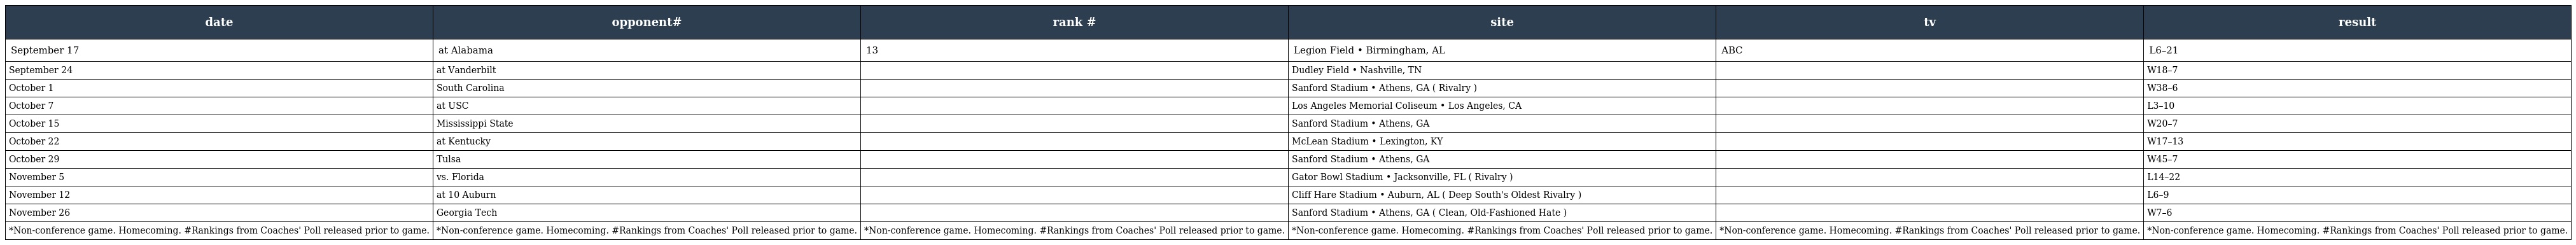
| date | opponent# | rank # | site | tv | result |
 | --- | --- | --- | --- | --- | --- |
 | September 17 | at Alabama | 13 | Legion Field • Birmingham, AL | ABC | L6–21 |
 | September 24 | at Vanderbilt |  | Dudley Field • Nashville, TN |  | W18–7 |
 | October 1 | South Carolina |  | Sanford Stadium • Athens, GA ( Rivalry ) |  | W38–6 |
 | October 7 | at USC |  | Los Angeles Memorial Coliseum • Los Angeles, CA |  | L3–10 |
 | October 15 | Mississippi State |  | Sanford Stadium • Athens, GA |  | W20–7 |
 | October 22 | at Kentucky |  | McLean Stadium • Lexington, KY |  | W17–13 |
 | October 29 | Tulsa |  | Sanford Stadium • Athens, GA |  | W45–7 |
 | November 5 | vs. Florida |  | Gator Bowl Stadium • Jacksonville, FL ( Rivalry ) |  | L14–22 |
 | November 12 | at 10 Auburn |  | Cliff Hare Stadium • Auburn, AL ( Deep South's Oldest Rivalry ) |  | L6–9 |
 | November 26 | Georgia Tech |  | Sanford Stadium • Athens, GA ( Clean, Old-Fashioned Hate ) |  | W7–6 |
 | *Non-conference game. Homecoming. #Rankings from Coaches' Poll released prior to game. | *Non-conference game. Homecoming. #Rankings from Coaches' Poll released prior to game. | *Non-conference game. Homecoming. #Rankings from Coaches' Poll released prior to game. | *Non-conference game. Homecoming. #Rankings from Coaches' Poll released prior to game. | *Non-conference game. Homecoming. #Rankings from Coaches' Poll released prior to game. | *Non-conference game. Homecoming. #Rankings from Coaches' Poll released prior to game. |